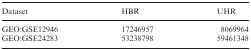
<table><thead><tr><td><b>Dataset</b></td><td><b>HBR</b></td><td><b>UHR</b></td></tr></thead><tbody><tr><td>GEO:GSE12946</td><td>17246957</td><td>8069964</td></tr><tr><td>GEO:GSE24283</td><td>53238798</td><td>59461348</td></tr></tbody></table>